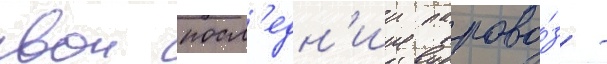
свои посл'едн'ии парово́з -